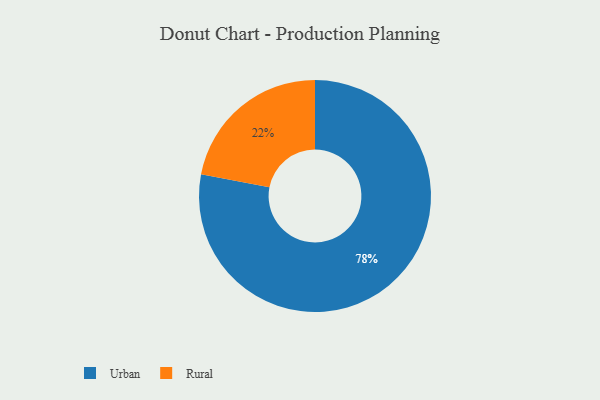
{"axis": {"x": "Category", "y": "Percentage"}, "legend": ["Rural", "Urban"], "data": [{"x": "Urban", "y": 78, "type": "Urban"}, {"x": "Rural", "y": 22, "type": "Rural"}]}